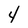
Character: 4